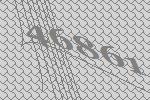
46861